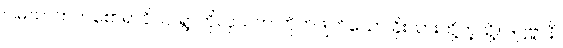
ဂါမဃာတကစောရာဝိယ၊ ရွာကိုလုယက် တိုက်ဖျက်သော ခိုးသားတို့ကဲ့သို့။ ဒဋ္ဌဗ္ဗာနိ၊